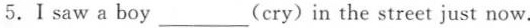
5.Ⅰ saw a boy ___(cry)in the street just now.